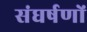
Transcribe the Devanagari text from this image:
संघर्षणों